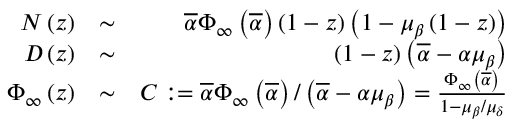
\begin{array} { r l r } { { \cal N } \left( z \right) } & { \sim } & { \overline { { \alpha } } \Phi _ { \infty } \left( \overline { { \alpha } } \right) \left( 1 - z \right) \left( 1 - \mu _ { \beta } \left( 1 - z \right) \right) } \\ { { \cal D } \left( z \right) } & { \sim } & { \left( 1 - z \right) \left( \overline { { \alpha } } - \alpha \mu _ { \beta } \right) } \\ { \Phi _ { \infty } \left( z \right) } & { \sim } & { C : = \overline { { \alpha } } \Phi _ { \infty } \left( \overline { { \alpha } } \right) / \left( \overline { { \alpha } } - \alpha \mu _ { \beta } \right) = \frac { \Phi _ { \infty } \left( \overline { { \alpha } } \right) } { 1 - \mu _ { \beta } / \mu _ { \delta } } } \end{array}